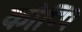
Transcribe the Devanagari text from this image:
कोप्पि